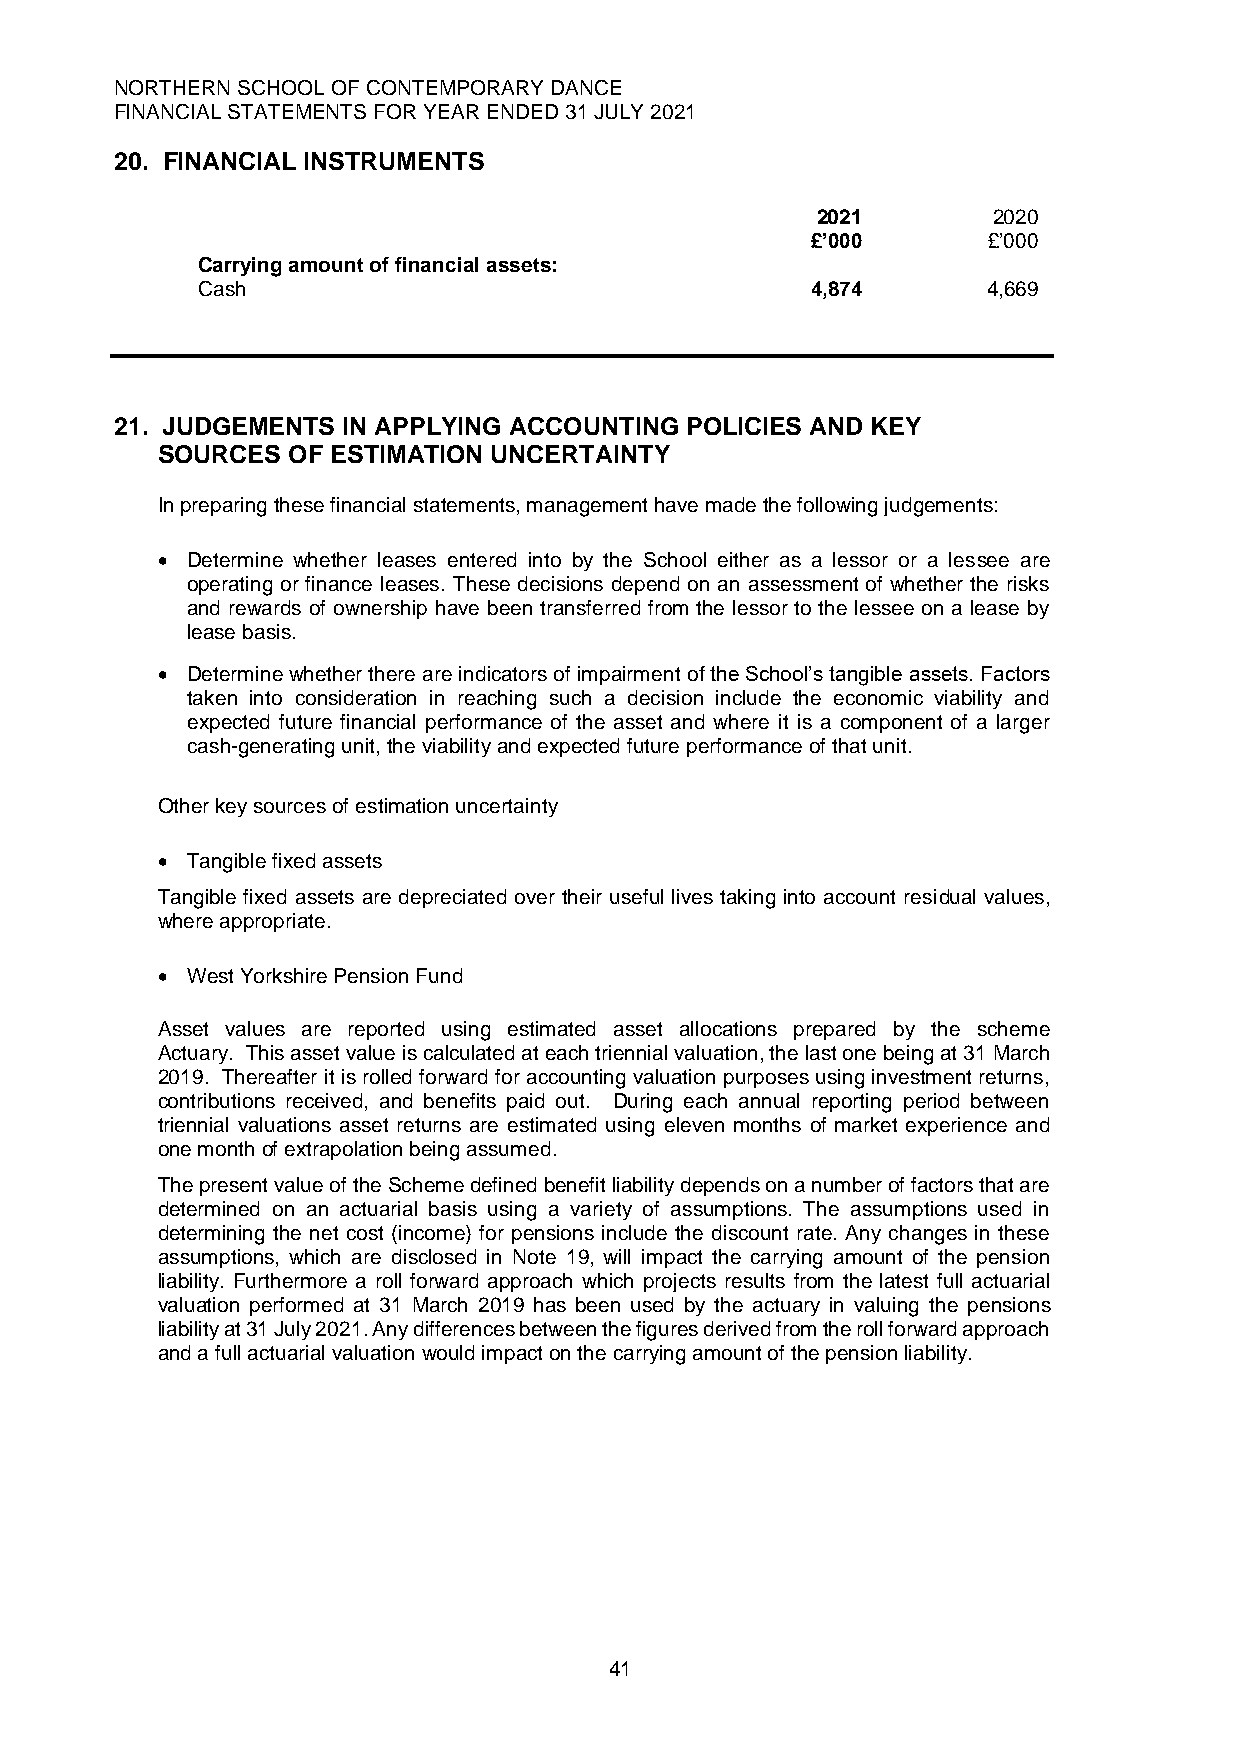
NORTHERN SCHOOL OF CONTEMPORARY DANCE
 FINANCIAL STATEMENTS FOR YEAR ENDED 31 JULY 2021
 20. FINANCIAL INSTRUMENTS
 2021        2020
 £’000      £’000
 Carrying amount of financial assets:
 Cash                                     4,874      4,669
 21. JUDGEMENTS IN APPLYING ACCOUNTING POLICIES AND KEY
 SOURCES  OF ESTIMATION UNCERTAINTY
 In preparing these financial statements, management have made the following judgements:
 • Determine whether leases entered into by the School either as a lessor or a lessee are
 operating or finance leases. These decisions depend on an assessment of whether the risks
 and rewards of ownership have been transferred from the lessor to the lessee on a lease by
 lease basis.
 • Determine whether there are indicators of impairment of the School’s tangible assets. Factors
 taken into consideration in reaching such a decision include the economic viability and
 expected future financial performance of the asset and where it is a component of a larger
 cash-generating unit, the viability and expected future performance of that unit.
 Other key sources of estimation uncertainty
 • Tangible fixed assets
 Tangible fixed assets are depreciated over their useful lives taking into account residual values,
 where appropriate.
 • West Yorkshire Pension Fund
 Asset values are reported using estimated asset allocations prepared by the scheme
 Actuary. This asset value is calculated at each triennial valuation, the last one being at 31 March
 2019. Thereafter it is rolled forward for accounting valuation purposes using investment returns,
 contributions received, and benefits paid out. During each annual reporting period between
 triennial valuations asset returns are estimated using eleven months of market experience and
 one month of extrapolation being assumed.
 The present value of the Scheme defined benefit liability depends on a number of factors that are
 determined on an actuarial basis using a variety of assumptions. The assumptions used in
 determining the net cost (income) for pensions include the discount rate. Any changes in these
 assumptions, which are disclosed in Note 19, will impact the carrying amount of the pension
 liability. Furthermore a roll forward approach which projects results from the latest full actuarial
 valuation performed at 31 March 2019 has been used by the actuary in valuing the pensions
 liability at 31 July 2021. Any differences between the figures derived from the roll forward approach
 and a full actuarial valuation would impact on the carrying amount of the pension liability.
 41